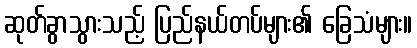
ဆုတ်ခွာသွားသည့် ပြည်နယ်တပ်များ၏ ခြေသံများ။